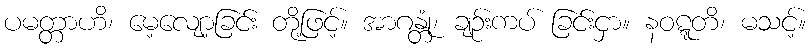
ပမတ္တာဟိ၊ မေ့လျော့ခြင်း တို့ဖြင့်။ အာဂန္တုံ၊ ချဉ်းကပ် ခြင်းငှာ။ နဝဋ္ဋတိ၊ မသင့်။